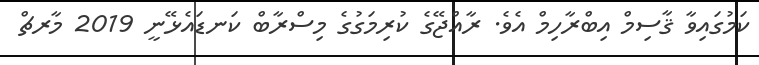
ކަމުގައިވާ ޤާސިމް އިބްރާހިމް އެވެ. ރާއްޖޭގެ ކުރިމަގުގެ މިސްރާބް ކަނޑައެޅޭނީ 2019 މާރޗް